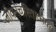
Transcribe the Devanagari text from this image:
जीवनचरितात्मक